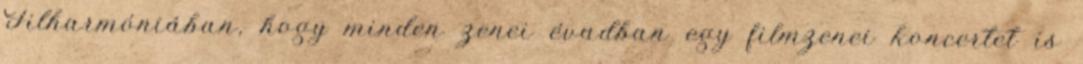
Filharmóniában, hogy minden zenei évadban egy filmzenei koncertet is